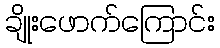
ချိုးဖောက်ကြောင်း